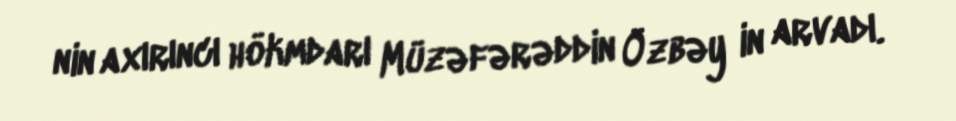
nin axırıncı hökmdarı Müzəfərəddin Özbəy in arvadı.